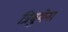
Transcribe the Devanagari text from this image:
त्रिबुयेना